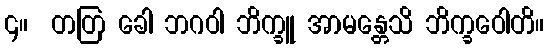
၄။  တတြ ခေါ ဘဂဝါ ဘိက္ခူ အာမန္တေသိ ဘိက္ခဝေါတိ။